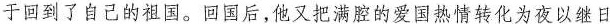
于回到了自己的祖国。回国后，他又把满腔的爱国热情转化为夜以继日